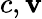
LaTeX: c,\mathbf{v}